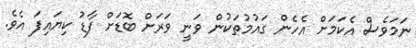
ނަމަވެސް އެކަމަށް އެހެން ގައުމުތަކުން ވަނީ ވަަރަށް ބޮޑަށް ފާޑު ކިޔައިފަ އެވެ.